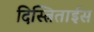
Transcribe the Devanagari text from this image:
दिस्त्रिताईस